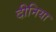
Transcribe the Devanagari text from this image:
दीनिया